Civil Veterinary Department. Madras. Admin. report 1910-25 - 1910-1925
Year: 1910
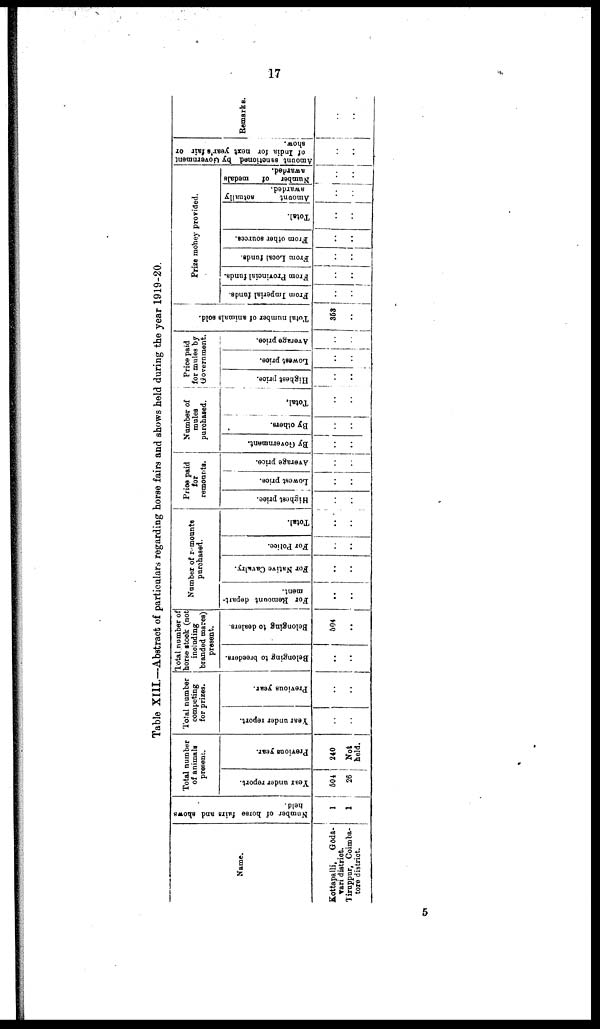
17
Table XIII.—Abstract of particulars regarding horse fairs and shows held during the year 1919-20.
Name.
Kottapalli,
Goda-
vari district.
Tiruppur, Coimba-
tore district.
Number of horse fairs and shows
held.
1
1
Total number
of animals
present.
Year under report.
504
26
Previous year.
240
Not
held.
Total number
competing
for prizes.
Year under report.
..
..
Previous year.
..
..
Total number of
horse stock (not
including
branded mares)
present.
Belonging to breeders.
..
..
Belonging to dealers.
604
..
Number of remounts
purchased.
For Remount depart-
ment.
..
..
For Native Cavalry.
..
..
For Police.
..
..
Total.
..
..
Price paid
for
remounts.
Highest price.
..
..
Lowest price.
..
..
Average price.
..
..
Number of
mules
purchased.
By Government.
..
..
By others.
..
..
Total,
..
..
Price paid
for mules by
Government.
Highest price.
..
..
Lowest price.
..
..
Average price.
..
..
Total number of animals sold.
353
..
From Imperial funds.
..
..
Prize money provided.
From Provincial funds.
..
..
From Local funds.
..
..
From other sources.
..
..
Total.
..
..
Amount
actually
awarded.
..
..
Number of
medals
awarded.
..
..
Amount sanctioned by Government
of India for next year's fair or
show.
..
..
Remarks.
..
..
5